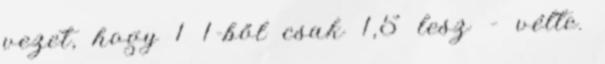
vezet, hogy 1 1-ből csak 1,5 lesz – vélte.